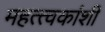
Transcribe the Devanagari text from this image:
महत्त्वकांशी